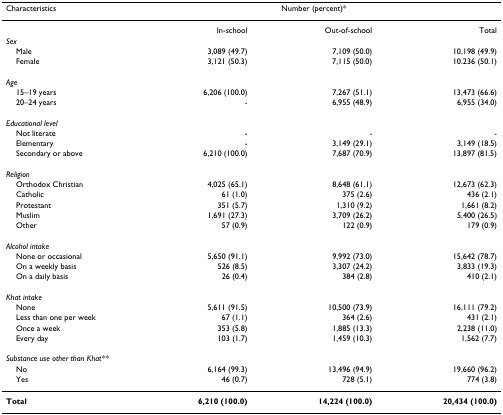
<table><thead><tr><td><b>Characteristics</b></td><td colspan="3"><b>Number (percent)*</b></td></tr></thead><tbody><tr><td></td><td>In-school</td><td>Out-of-school</td><td>Total</td></tr><tr><td><i>Sex</i></td><td></td><td></td><td></td></tr><tr><td> Male</td><td>3,089 (49.7)</td><td>7,109 (50.0)</td><td>10,198 (49.9)</td></tr><tr><td> Female</td><td>3,121 (50.3)</td><td>7,115 (50.0)</td><td>10.236 (50.1)</td></tr><tr><td><i>Age</i></td><td></td><td></td><td></td></tr><tr><td> 15–19 years</td><td>6,206 (100.0)</td><td>7,267 (51.1)</td><td>13,473 (66.6)</td></tr><tr><td> 20–24 years</td><td>-</td><td>6,955 (48.9)</td><td>6,955 (34.0)</td></tr><tr><td><i>Educational level</i></td><td></td><td></td><td></td></tr><tr><td> Not literate</td><td>-</td><td>-</td><td>-</td></tr><tr><td> Elementary</td><td>-</td><td>3,149 (29.1)</td><td>3,149 (18.5)</td></tr><tr><td> Secondary or above</td><td>6,210 (100.0)</td><td>7,687 (70.9)</td><td>13,897 (81.5)</td></tr><tr><td><i>Religion</i></td><td></td><td></td><td></td></tr><tr><td> Orthodox Christian</td><td>4,025 (65.1)</td><td>8,648 (61.1)</td><td>12,673 (62.3)</td></tr><tr><td> Catholic</td><td>61 (1.0)</td><td>375 (2.6)</td><td>436 (2.1)</td></tr><tr><td> Protestant</td><td>351 (5.7)</td><td>1,310 (9.2)</td><td>1,661 (8.2)</td></tr><tr><td> Muslim</td><td>1,691 (27.3)</td><td>3,709 (26.2)</td><td>5,400 (26.5)</td></tr><tr><td> Other</td><td>57 (0.9)</td><td>122 (0.9)</td><td>179 (0.9)</td></tr><tr><td><i>Alcohol intake</i></td><td></td><td></td><td></td></tr><tr><td> None or occasional</td><td>5,650 (91.1)</td><td>9,992 (73.0)</td><td>15,642 (78.7)</td></tr><tr><td> On a weekly basis</td><td>526 (8.5)</td><td>3,307 (24.2)</td><td>3,833 (19.3)</td></tr><tr><td> On a daily basis</td><td>26 (0.4)</td><td>384 (2.8)</td><td>410 (2.1)</td></tr><tr><td><i>Khat intake</i></td><td></td><td></td><td></td></tr><tr><td> None</td><td>5,611 (91.5)</td><td>10,500 (73.9)</td><td>16,111 (79.2)</td></tr><tr><td> Less than one per week</td><td>67 (1.1)</td><td>364 (2.6)</td><td>431 (2.1)</td></tr><tr><td> Once a week</td><td>353 (5.8)</td><td>1,885 (13.3)</td><td>2,238 (11.0)</td></tr><tr><td> Every day</td><td>103 (1.7)</td><td>1,459 (10.3)</td><td>1,562 (7.7)</td></tr><tr><td><i>Substance use other than Khat**</i></td><td></td><td></td><td></td></tr><tr><td> No</td><td>6,164 (99.3)</td><td>13,496 (94.9)</td><td>19,660 (96.2)</td></tr><tr><td> Yes</td><td>46 (0.7)</td><td>728 (5.1)</td><td>774 (3.8)</td></tr><tr><td><b>Total</b></td><td><b>6,210 (100.0)</b></td><td><b>14,224 (100.0)</b></td><td><b>20,434 (100.0)</b></td></tr></tbody></table>